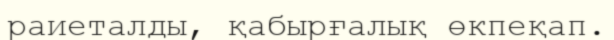
раиеталды, қабырғалық өкпеқап.